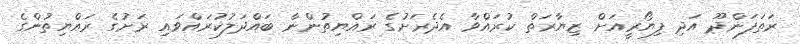
ރަތަފަންދޫ އަދި ފިޔޯރީއަށް ޒިޔާރަތް ކުރައްވާ އެދެރަށުގެ ރައްޔިތުންނާ ބައްދަލުކުރައްވައި ރަށުގެ ރައްޔިތުންގެ